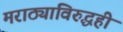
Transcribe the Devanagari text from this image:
मराठ्यांविरुद्धही